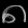
Digit: ၈